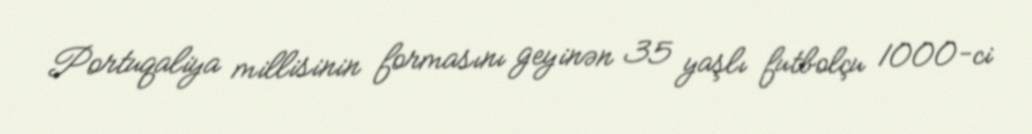
Portuqaliya millisinin formasını geyinən 35 yaşlı futbolçu 1000-ci